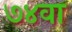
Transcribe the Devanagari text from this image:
७४वा